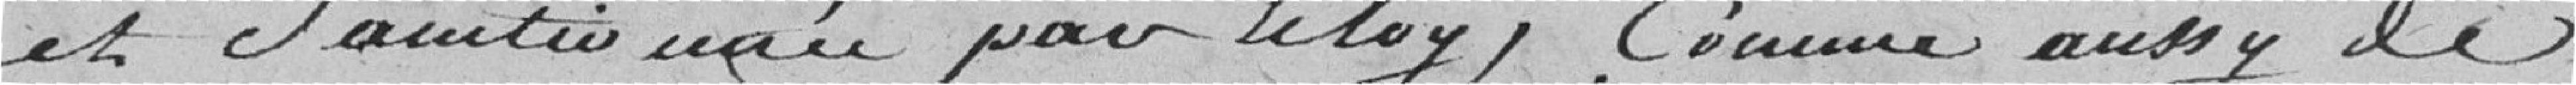
et Sanctionnée par le Roy. Comme aussy de